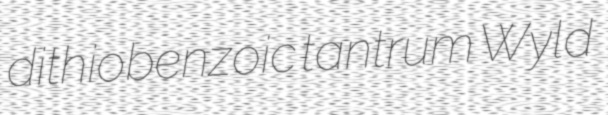
dithiobenzoic tantrum Wyld